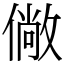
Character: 僘